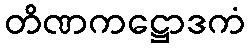
တိဏကဋ္ဌောဒကံ